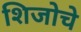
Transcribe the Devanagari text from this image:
शिजोचे